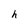
Character: h